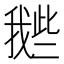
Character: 𢧲